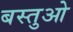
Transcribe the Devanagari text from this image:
बस्तुओ